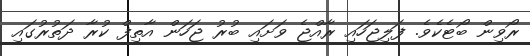
ރޯވިން ބޯޓެކެވެ. ފަލިޖަހައި ރާއްޖެ ވަށައި ބުރު ޖަހަން އާތިފް ކުރާ ދަތުރުގައި